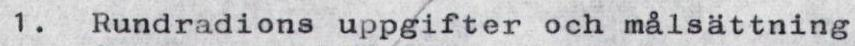
1. Rundradions uppgifter och målsättning